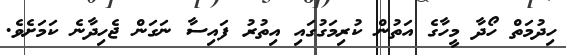
ހިދުމަތް ހޯދާ މީހާގެ އަތުން ކުރިމަގުގައި އިތުރު ފައިސާ ނަގަން ޖެހިދާނެ ކަމަށެވެ.